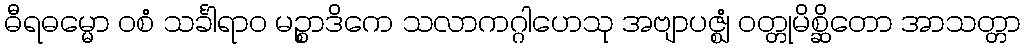
ဓီရဓမ္မော ဝစံ သင်္ခါရာဝ မဉ္စာဒိကေ သလာကဂ္ဂါဟေသု အဗျာပဇ္ဈံ ဝတ္တုမိစ္ဆိတော အာသတ္တာ